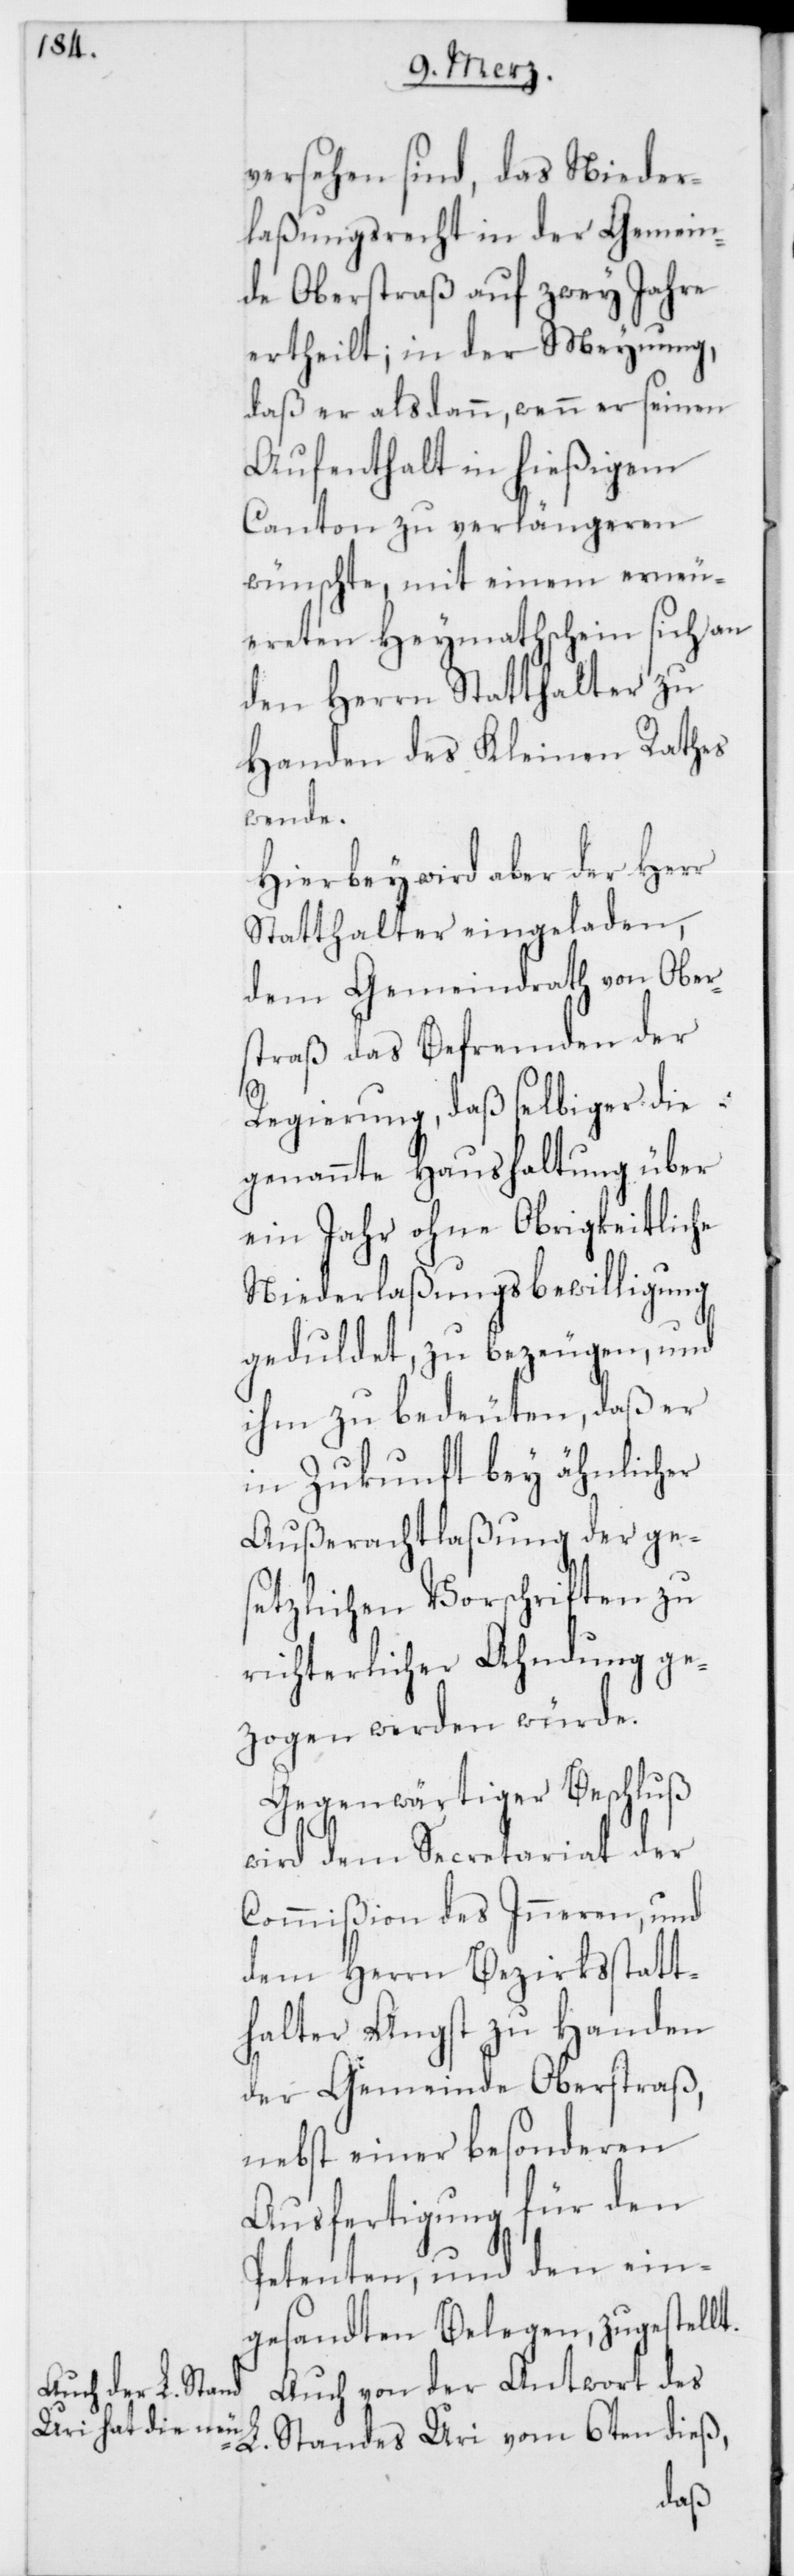
versehen sind, das Nieder¬
laßungsrecht in der Gemein¬
de Oberstraß auf zwey Jahre
ertheilt; in der Meinung,
daß er alsdann, wenn er seinen
Aufenthalt in hießigem
Canton zu verlängeren
wünschte, mit einem erneu¬
ereten Heymathschein sich an
den Herrn Statthalter zu
Handen des Kleinen Rathes
wende.
Hierbey wird aber der Herr
Statthalter eingeladen,
dem Gemeindrath von Ober¬
straß das Befremden der
Regierung, daß selbiger die
genannte Haushaltung über
ein Jahr ohne Obrigkeitliche
Niederlaßungsbewilligung
geduldet, zu bezeugen, und
ihm zu bedeuten, daß er
in Zukunft bey ähnlicher
Außerachtlaßung der ge¬
setzlichen Vorschriften zu
richterlicher Ahndung ge¬
zogen werden würde.
Gegenwärtiger Beschluß
wird dem Secretariat der
Commißion des Inneren, und
dem Herrn Bezirksstatt¬
halter Angst zu Handen
der Gemeinde Oberstraß,
nebst einer besonderen
Ausfertigung für den
Petenten, und den ein¬
gesandten Belegen, zugestellt.
Auch von der Antwort des
L. Standes Uri vom 6ten dieß,